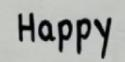
Happy